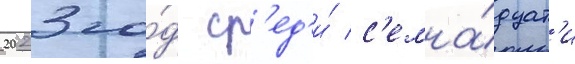
2023 го́д ср'ед'и́ с'емна́дцат'и